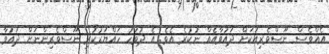
އެއްވެސް ނޫސްވެރިއަކަށް ދައުވާއެއް ނުކުރެ އެވެ. އެ ދުވަހު ހައްޔަރުކުރި ނޫސްވެރިންނަށް ދައުވާ